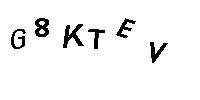
G8KTEV